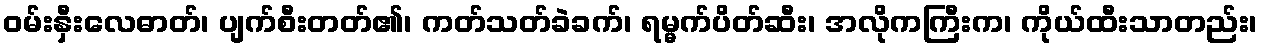
ဝမ်းနှီးလေဓာတ်၊ ပျက်စီးတတ်၏၊ ကတ်သတ်ခဲခက်၊ ရမ္မက်ပိတ်ဆီး၊ အလိုကကြီးက၊ ကိုယ်ထီးသာတည်း၊